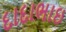
દાદાભાઇ